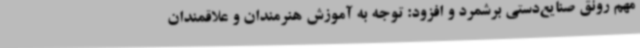
مهم رونق صنایع‌دستی برشمرد و افزود: توجه به آموزش هنرمندان و علاقمندان